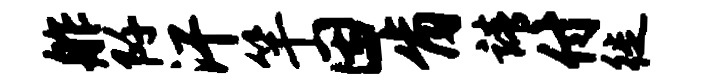
舴阡汗竿因肯靖付徙